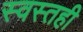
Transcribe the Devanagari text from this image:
स्वस्तही